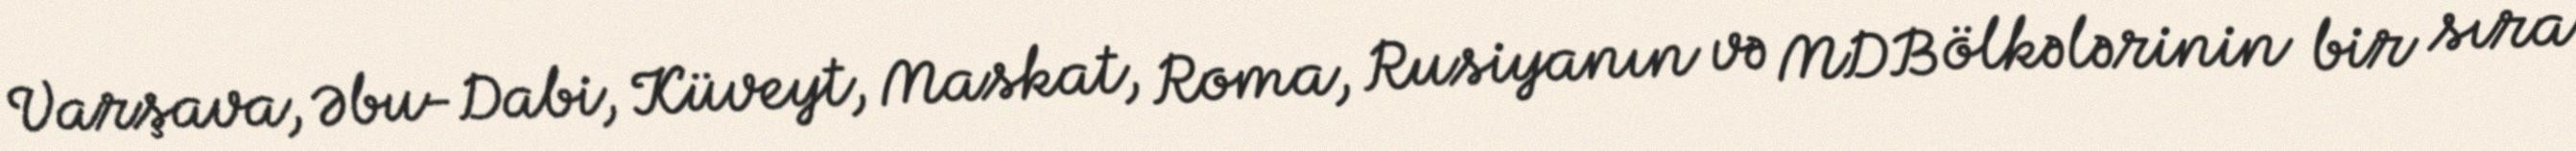
Varşava, Əbu-Dabi, Küveyt, Maskat, Roma, Rusiyanın və MDB ölkələrinin bir sıra